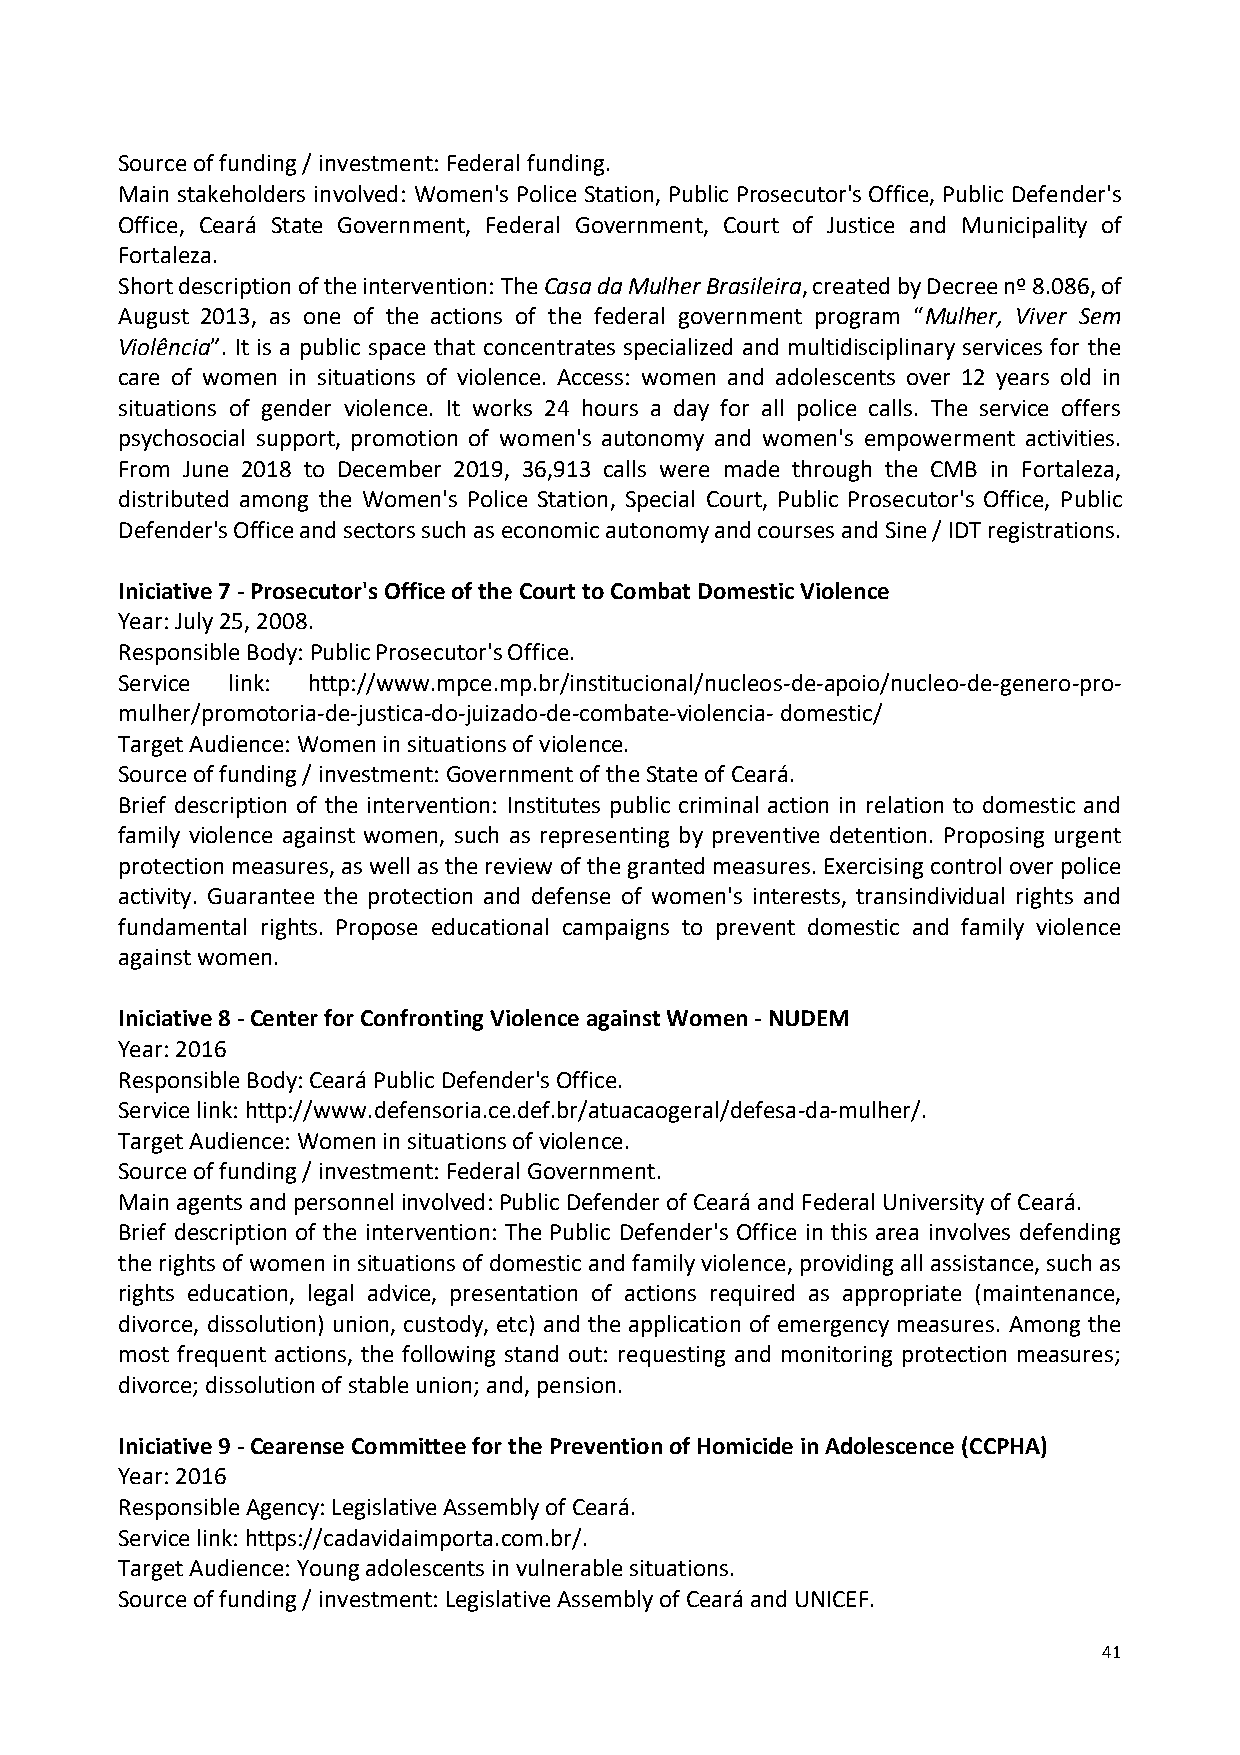
Source of funding / investment: Federal funding.
 Main stakeholders involved: Women's Police Station, Public Prosecutor's Office, Public Defender's
 Office, Ceará State Government, Federal Government, Court of Justice and Municipality of
 Fortaleza.
 Short description of the intervention: The Casa da Mulher Brasileira, created by Decree nº 8.086, of
 August 2013, as one of the actions of the federal government program “Mulher, Viver Sem
 Violência”. It is a public space that concentrates specialized and multidisciplinary services for the
 care of women in situations of violence. Access: women and adolescents over 12 years old in
 situations of gender violence. It works 24 hours a day for all police calls. The service offers
 psychosocial support, promotion of women's autonomy and women's empowerment activities.
 From June 2018 to December 2019, 36,913 calls were made through the CMB in Fortaleza,
 distributed among the Women's Police Station, Special Court, Public Prosecutor's Office, Public
 Defender's Office and sectors such as economic autonomy and courses and Sine / IDT registrations.
 Iniciative 7 - Prosecutor's Office of the Court to Combat Domestic Violence
 Year: July 25, 2008.
 Responsible Body: Public Prosecutor's Office.
 Service link: http://www.mpce.mp.br/institucional/nucleos-de-apoio/nucleo-de-genero-pro-
 mulher/promotoria-de-justica-do-juizado-de-combate-violencia- domestic/
 Target Audience: Women in situations of violence.
 Source of funding / investment: Government of the State of Ceará.
 Brief description of the intervention: Institutes public criminal action in relation to domestic and
 family violence against women, such as representing by preventive detention. Proposing urgent
 protection measures, as well as the review of the granted measures. Exercising control over police
 activity. Guarantee the protection and defense of women's interests, transindividual rights and
 fundamental rights. Propose educational campaigns to prevent domestic and family violence
 against women.
 Iniciative 8 - Center for Confronting Violence against Women - NUDEM
 Year: 2016
 Responsible Body: Ceará Public Defender's Office.
 Service link: http://www.defensoria.ce.def.br/atuacaogeral/defesa-da-mulher/.
 Target Audience: Women in situations of violence.
 Source of funding / investment: Federal Government.
 Main agents and personnel involved: Public Defender of Ceará and Federal University of Ceará.
 Brief description of the intervention: The Public Defender's Office in this area involves defending
 the rights of women in situations of domestic and family violence, providing all assistance, such as
 rights education, legal advice, presentation of actions required as appropriate (maintenance,
 divorce, dissolution) union, custody, etc) and the application of emergency measures. Among the
 most frequent actions, the following stand out: requesting and monitoring protection measures;
 divorce; dissolution of stable union; and, pension.
 Iniciative 9 - Cearense Committee for the Prevention of Homicide in Adolescence (CCPHA)
 Year: 2016
 Responsible Agency: Legislative Assembly of Ceará.
 Service link: https://cadavidaimporta.com.br/.
 Target Audience: Young adolescents in vulnerable situations.
 Source of funding / investment: Legislative Assembly of Ceará and UNICEF.
 41